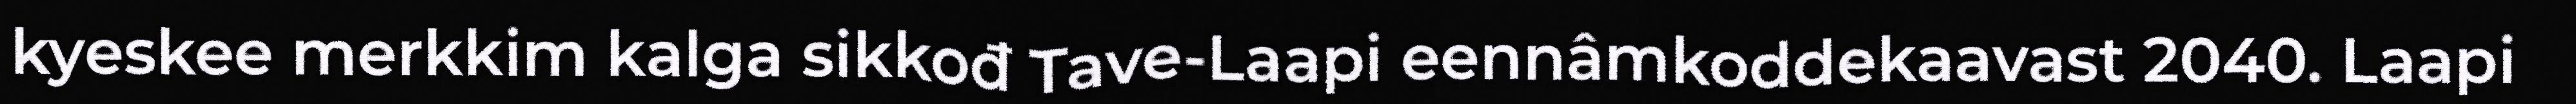
kyeskee merkkim kalga sikkođ Tave-Laapi eennâmkoddekaavast 2040. Laapi